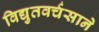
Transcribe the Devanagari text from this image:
विद्युतवर्चसाने